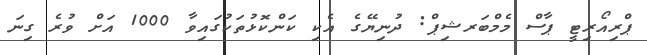
ޕްރިއޯރިޓީ ޕާސް މެމްބަރޝިޕް: ދުނިޔޭގެ އެކި ކަންކޮޅުތަކުގައިވާ 1000 އަށް ވުރެ ގިނަ